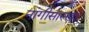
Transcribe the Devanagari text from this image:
नांगीसारखा